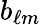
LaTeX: b_{\ell m}